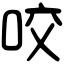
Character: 咬